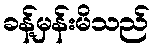
ခန့်မှန်းမိသည်